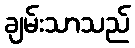
ချမ်းသာသည်